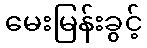
မေးမြန်းခွင့်